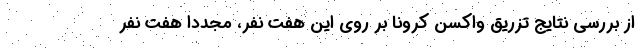
از بررسی نتایج تزریق واکسن کرونا بر روی این هفت نفر، مجددا هفت نفر